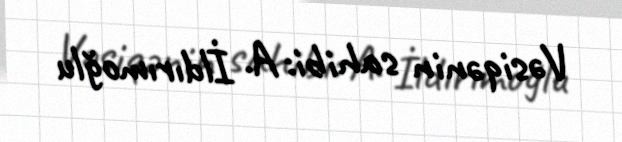
Vəsiqənin sahibi: A. İldırımoğlu